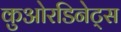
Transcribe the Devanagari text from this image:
कुओरडिनेट्स